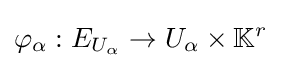
\varphi _{\alpha }:E_{U_{\alpha }}\to U_{\alpha }\times \mathbb {K} ^{r}